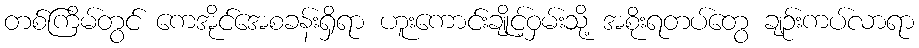
တစ်ကြိမ်တွင် ကေအိုင်အေစခန်းရှိရာ ဟူးကောင်းချိုင့်ဝှမ်းသို့ အစိုးရတပ်တွေ ချဉ်းကပ်လာရာ